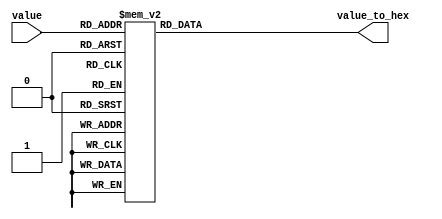
module hex_display(
value, 
value_to_hex);

	input [3:0] value;
	
	output reg [6:0] value_to_hex;
	
	always @(*)
	begin
		case (value) 
			4'd0 : value_to_hex = 7'b1000000; 
			4'd1 : value_to_hex = 7'b1111001;
			4'd2 : value_to_hex = 7'b0100100;
			4'd3 : value_to_hex = 7'b0110000;
			4'd4 : value_to_hex = 7'b0011001;
			4'd5 : value_to_hex = 7'b0010010;
			4'd6 : value_to_hex = 7'b0000010;
			4'd7 : value_to_hex = 7'b1111000;
			4'd8 : value_to_hex = 7'b0000000;
			4'd9 : value_to_hex = 7'b0011000;
			4'd10 : value_to_hex = 7'b0001000; // A
			4'd11 : value_to_hex = 7'b0000011; // B
			4'd12 : value_to_hex = 7'b1000110; // C
			4'd13 : value_to_hex = 7'b0100001; // D
			4'd14 : value_to_hex = 7'b0000110; // E
			4'd15 : value_to_hex = 7'b0001110; // F
		endcase
	end
endmodule